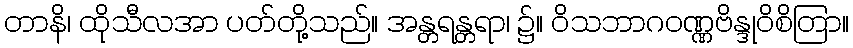
တာနိ၊ ထိုသီလအာ ပတ်တို့သည်။ အန္တရန္တရာ၊ ၌။ ဝိသဘာဂဝဏ္ဏဗိန္ဒုဝိစိတြာ။